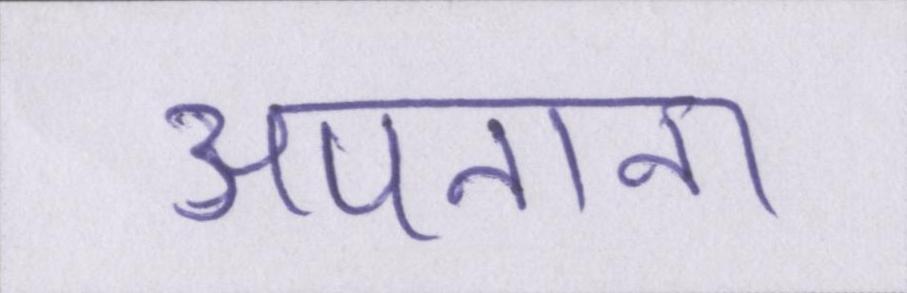
अपनाना